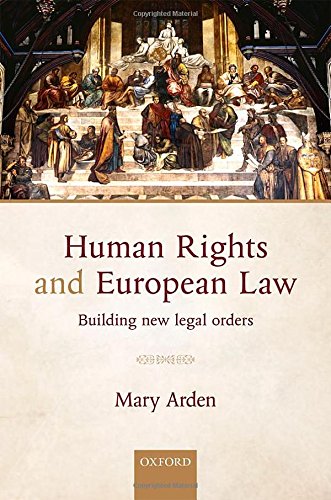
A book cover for Human Rights and European Law: Building New Legal Orders; Mary Arden; Law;